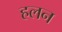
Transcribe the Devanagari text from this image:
हलन